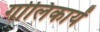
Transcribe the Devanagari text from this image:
गोलिकायें